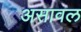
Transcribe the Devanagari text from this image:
असावल